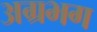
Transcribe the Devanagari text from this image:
अग्रभग